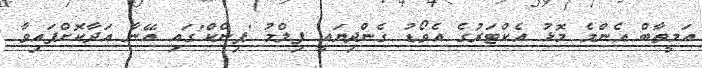
އަމީތާބް އެންމެ މޮޅު އެކްޓަރުގެ އެވޯޑު ގެންދިޔައީ ފިލްމު 'ޕިންކް'ގައި އޭނާ އަދާކޮށްފައިވާ